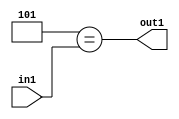
`timescale 1ps / 1ps
/*****************************************************************************
    Verilog RTL Description
    
    
    Created by: Stratus DpOpt 2019.1.01 
*******************************************************************************/

module feature_write_addr_gen_Eqi5u3_4_3 (
	in1,
	out1
	); /* architecture "behavioural" */ 
input [2:0] in1;
output  out1;
wire  asc001;

assign asc001 = (8'B00000101==in1);

assign out1 = asc001;
endmodule

/* CADENCE  urjzQgo= : u9/ySgnWtBlWxVPRXgAZ4Og= ** DO NOT EDIT THIS LINE ******/